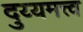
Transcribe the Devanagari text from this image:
दुय्यमत्त्व